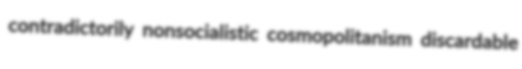
contradictorily nonsocialistic cosmopolitanism discardable